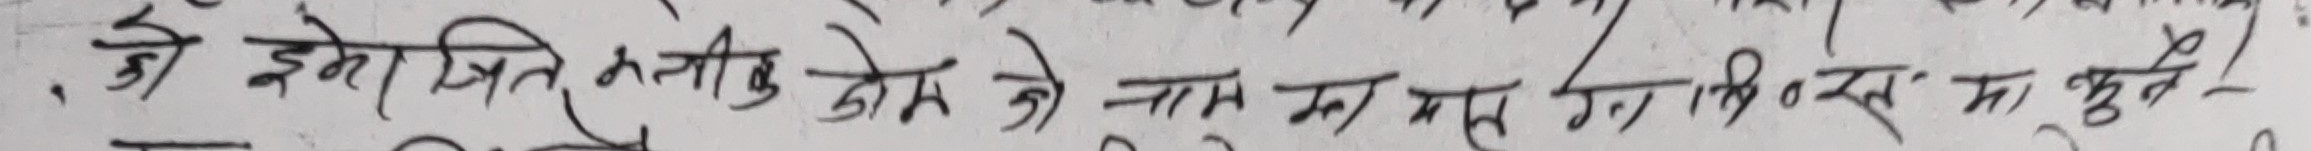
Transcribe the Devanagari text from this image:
१) इमेज सित कतीओटा रोमको नाम मा मत पेटिएका छन?